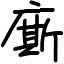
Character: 廝